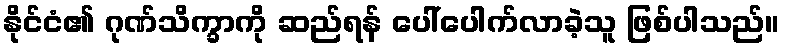
နိုင်ငံ၏ ဂုဏ်သိက္ခာကို ဆည်ရန် ပေါ်ပေါက်လာခဲ့သူ ဖြစ်ပါသည်။